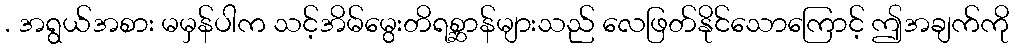
. အရွယ်အစား မမှန်ပါက သင့်အိမ်မွေးတိရစ္ဆာန်များသည် လေဖြတ်နိုင်သောကြောင့် ဤအချက်ကို